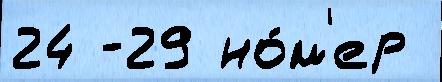
24 -29 но́м'ер